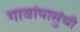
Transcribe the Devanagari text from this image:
गावांपासुंची